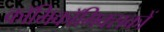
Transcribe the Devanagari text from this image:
काॅमिकॉमिक्सकों